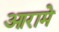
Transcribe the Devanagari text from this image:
आरामे